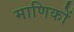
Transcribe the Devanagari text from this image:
माणिकों